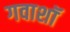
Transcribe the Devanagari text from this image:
गवाशॉ